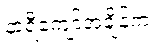
နာရီကျော်အချိန်က